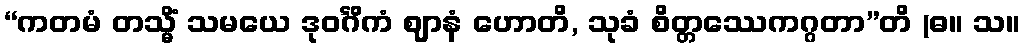
“ကတမံ တသ္မိံ သမယေ ဒုဝင်္ဂိကံ ဈာနံ ဟောတိ, သုခံ စိတ္တဿေကဂ္ဂတာ”တိ (ဓ။ သ။